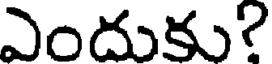
ఎందుకు?